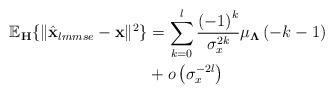
LaTeX: \begin{align*}\mathbb{E}_{\mathbf{H}}\{ \Vert\hat{\mathbf{x}}_{lmmse}-\mathbf{x}\Vert^2\}&=\sum_{k=0}^{l} \frac{\left(-1\right)^k}{\sigma_x^{2k}} \mu_{\mathbf{\Lambda}}\left(-k-1\right)\\ &+o\left(\sigma_x^{-2l}\right)\end{align*}